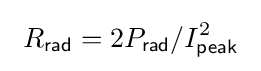
\ R_{\mathsf {rad}}=2P_{\mathsf {rad}}/I_{\mathsf {peak}}^{2}\